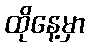
ထိုနေ့မှာ